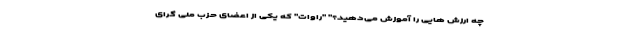
چه ارزش هایی را آموزش می‌دهید؟" "راوات" که یکی از اعضای حزب ملی گرای